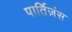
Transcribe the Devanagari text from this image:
पार्तिज़ंस